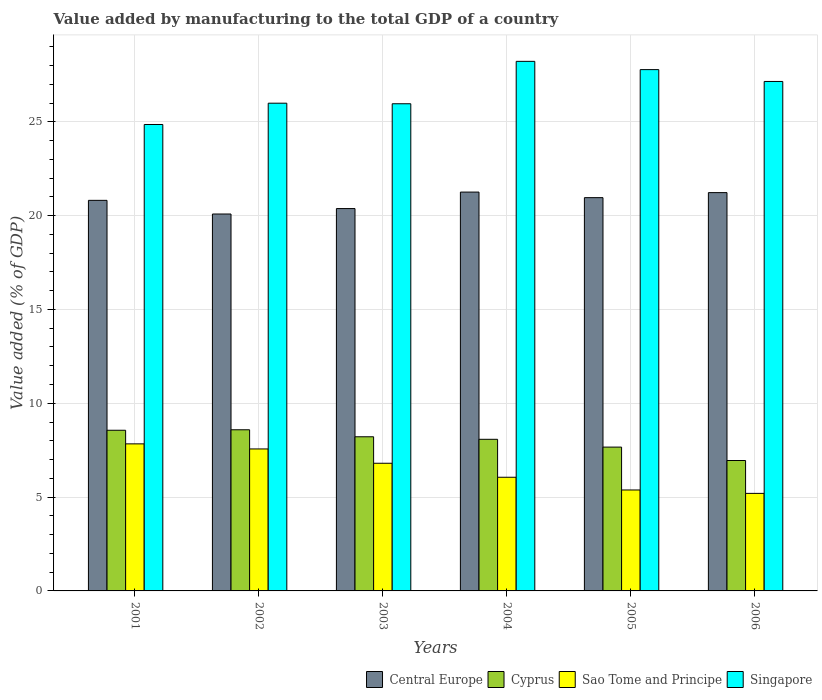
| Years | Central Europe | Cyprus | Sao Tome and Principe | Singapore |
 | --- | --- | --- | --- | --- |
 | 2001 | 20.8 | 8.56 | 7.84 | 24.9 |
 | 2002 | 20.1 | 8.59 | 7.57 | 26 |
 | 2003 | 20.4 | 8.21 | 6.8 | 26 |
 | 2004 | 21.3 | 8.08 | 6.06 | 28.2 |
 | 2005 | 21 | 7.66 | 5.38 | 27.8 |
 | 2006 | 21.2 | 6.95 | 5.2 | 27.2 |